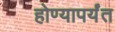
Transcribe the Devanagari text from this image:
होण्यापर्यंत